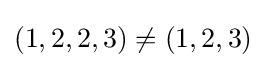
(1,2,2,3)\neq (1,2,3)